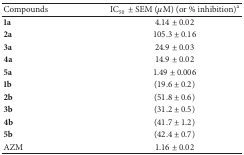
| Compounds | IC50± SEM (μM) (or % inhibition)a |
 | --- | --- |
 | 1a | 4.14 ± 0.02 |
 | 2a | 105.3 ± 0.16 |
 | 3a | 24.9 ± 0.03 |
 | 4a | 14.9 ± 0.02 |
 | 5a | 1.49 ± 0.006 |
 | 1b | (19.6 ± 0.2) |
 | 2b | (51.8 ± 0.6) |
 | 3b | (31.2 ± 0.5) |
 | 4b | (41.7 ± 1.2) |
 | 5b | (42.4 ± 0.7) |
 | AZM | 1.16 ± 0.02 |